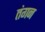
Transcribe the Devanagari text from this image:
तंगन